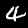
Label: 4